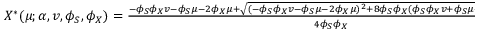
\begin{array} { r } { X ^ { \ast } ( \mu ; \alpha , v , \phi _ { S } , \phi _ { X } ) = \frac { - \phi _ { S } \phi _ { X } v - \phi _ { S } \mu - 2 \phi _ { X } \mu + \sqrt { ( - \phi _ { S } \phi _ { X } v - \phi _ { S } \mu - 2 \phi _ { X } \mu ) ^ { 2 } + 8 \phi _ { S } \phi _ { X } ( \phi _ { S } \phi _ { X } v + \phi _ { S } \mu - \phi _ { X } v \mu - \mu ^ { 2 } ) } } { 4 \phi _ { S } \phi _ { X } } . } \end{array}